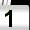
Digit: 1